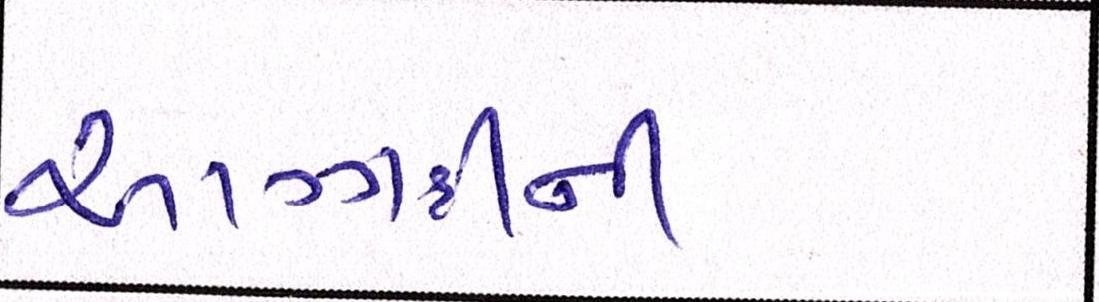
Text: આઝાદીની